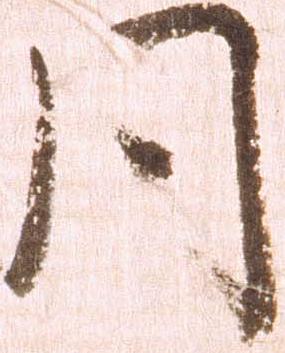
同